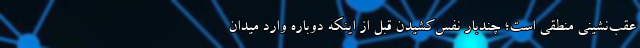
عقب‌نشینی منطقی است؛ چندبار نفس‌کشیدن قبل از اینکه دوباره وارد میدان